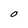
Character: O